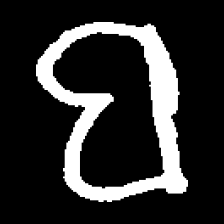
Pyu character \u2014 Myanmar letter: ဗ (romanized: ba)